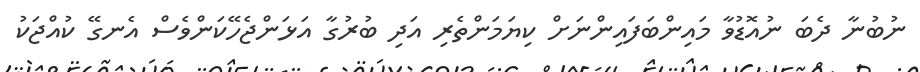
ނުބުނާ ދެބަ ނުއޮޑުވާ މައިންބަފައިންނަށް ކިޔަމަންތެރި އަދި ބުރުގާ އަޅަންޖެހޭކަންވެސް އެނގޭ ކުއްޖަކު